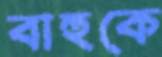
বাহুকে